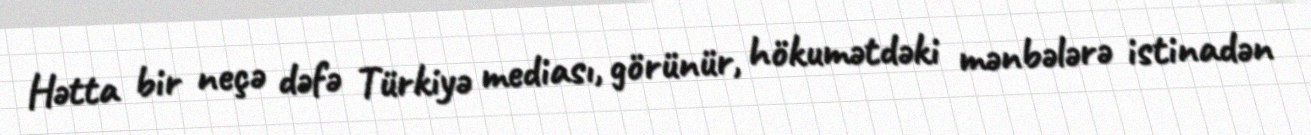
Hətta bir neçə dəfə Türkiyə mediası, görünür, hökumətdəki mənbələrə istinadən